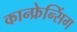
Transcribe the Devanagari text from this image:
कान्फ्रेन्सिंग